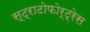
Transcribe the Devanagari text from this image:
स्ट्राटोफोर्ट्रेस